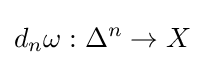
d_{n}\omega :\Delta ^{n}\to X